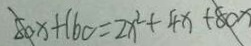
8 0 x + 1 6 0 = 2 x ^ { 2 } + 4 x + 8 0 x